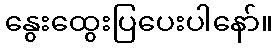
နွေးထွေးပြပေးပါနော်။